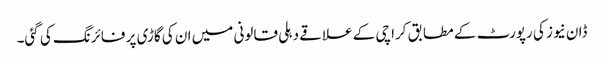
ڈان نیوز کی رپورٹ کے مطابق کراچی کے علاقے دہلی قالونی میں ان کی گاڑی پر فائرنگ کی گئی۔